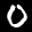
Label: 0